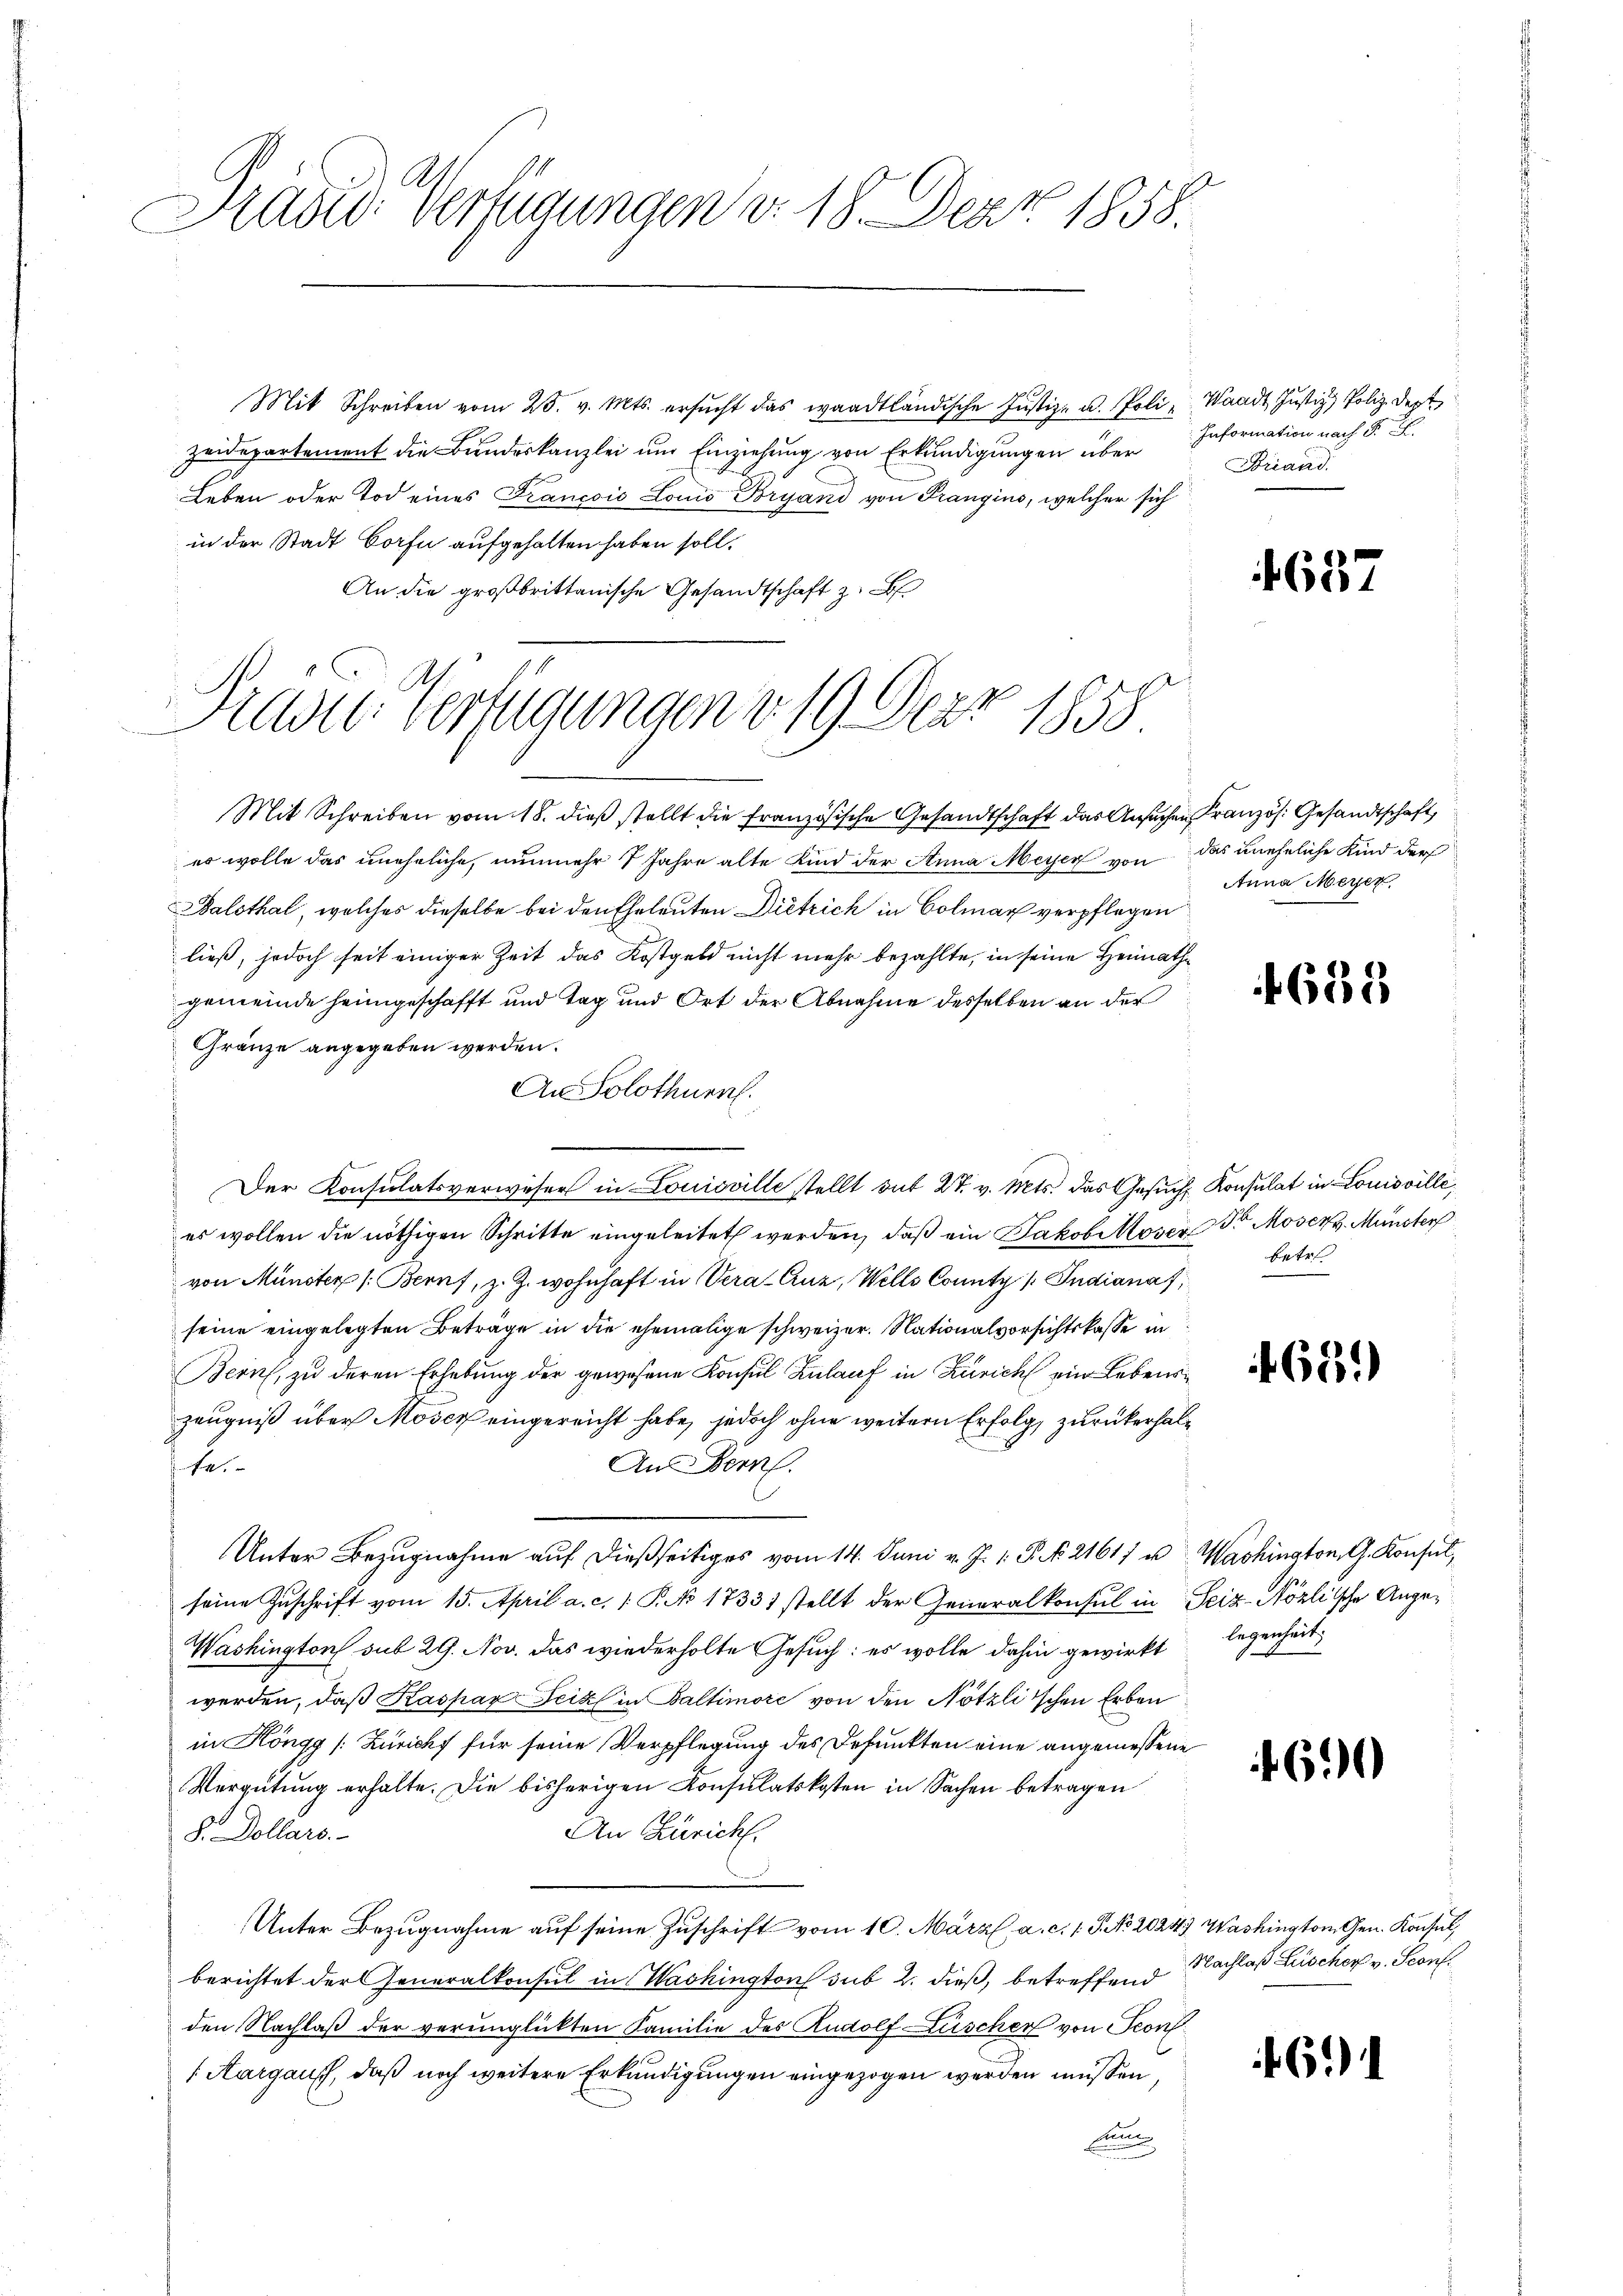
Präsid Verfügungen v. 18. Der 1858.

Mit Schreiben vom 25. v. Mts. ersucht das waadtländische Justiz- u. Poli¬
Zeidepartement die Bundeskanzlei um Einziehung von Erkundigungen über
Leben oder Tod eines Francois Lonio Bryand von Prangins, welcher sich
in der Stadt Corfe aufgehalten haben soll.
An die großbrittanische Gesandtschaft z.

Präsid. Verfügungen v. 19. Derz 1855.

Mit Schreiben vom 18. dieß stellt die französische Gesandtschaft das Ansuchen Kranzös. Gesandtschaft,
es wolle das uneheliche, nunmehr 7 Jahre alte Kind der Anna Meyer von das uneheliche Kind der
Balsthal, welches dieselbe bei den Eheleuten Dietrich in Colmar verpflegen
ließ, jedoch seit einiger Zeit das Kostgeld nicht mehr bezahlte, in seine Heimathe
gemeinde heimgeschafft und Tag und Ort der Abnahme desselben an der
Gränze angegeben werden.
An Solothurn.
Der Konsulatsverweser in Louisville stellt dit 27. v. Mts. das Gesuch Konsulat in Louisville,
es wollen die nöthigen Schritte eingeleitet werden, daß ein Jakobikoser Dr Moserz. Münster
von Münster (Beruf, z. Z. wohnhaft in Vera-Cuz, Wells County /: Indianaf
seine eingelegten Beträge in die ehemalige schweizer. Nationalvorsichtskasse in
Bern, zu deren Erhebung der gewesene Konsul Zulauf in Zürich ein Lebenszeugniß über Moser eingereicht habe, jedoch ohne weitern Erfolg, zurückerhal¬
An Bern.
fe.
Unter Bezugnahme auf dießseitiges vom 14. Juni v. J. 1. P. Nr. 21611 u. Washington, G. Konsul,
seine Zuschrift vom 15. April a. c. 1 P. No 17331 stellt der Generalkonsul in Seiz-Nözlische Ange¬
Washington sub 29. Nov. das wiederholte Gesuch: es wolle dahin gewirkt
werden, daß Kaspar Feil in Baltimore von den Nötzli’schen Erben
in Köngg [Züricht für seine Verpflegung des Depunkten eine angemessene
Vergütung erhalte. Die bisherigen Konsulatskosten in Sachen betragen
An Züricht.
S. Dollars.
Unter Bezugnahme auf seine Zuschrift vom 10. März l. a. c. 1 S. NNo. 2024) Washington Gen. Konsul
berichtet der Generalkonsul in Washington sub 2. dieß, betreffend Nachlaß Lüscher v. Seonden Nachlaß der verunglückten Familie des Rudolf Lüscher von Pron
/ Aargausch, daß noch weitere Erkundigungen eingezogen werden müssen,
e

Waadt Justiz, Polize dept
Information nach P. F.
Firand.

1657

Anna Meyer

618

betr.

659)

legenheit.

4690

4691